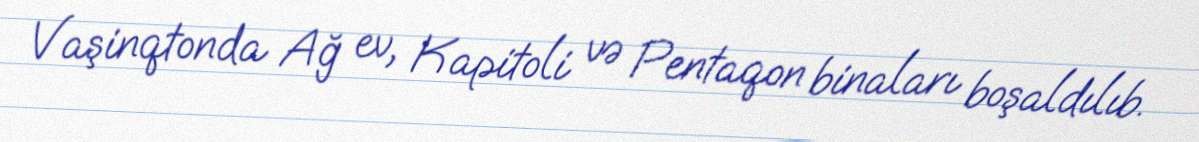
Vaşinqtonda Ağ ev, Kapitoli və Pentaqon binaları boşaldılıb.